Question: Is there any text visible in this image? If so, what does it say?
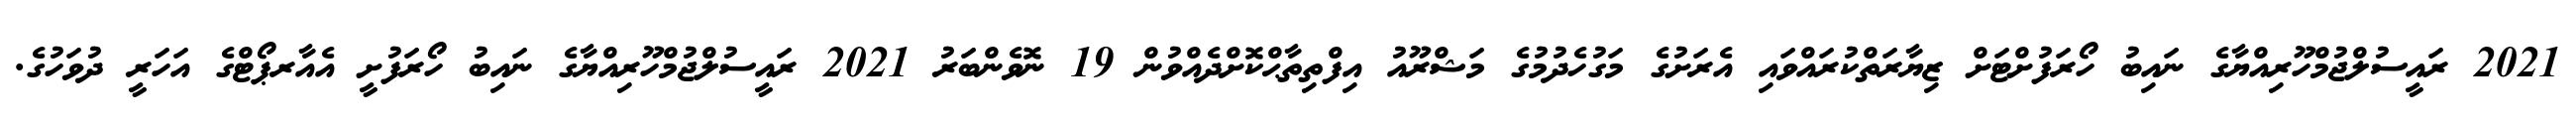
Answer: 2021 ރައީސުލްޖުމްހޫރިއްޔާގެ ނައިބު ހޯރަފުށްޓަށް ޒިޔާރަތްކުރައްވައި އެރަށުގެ މަގުހެދުމުގެ މަޝްރޫއު އިފްތިތާޙްކޮށްދެއްވުން 19 ނޮވެންބަރު 2021 ރައީސުލްޖުމްހޫރިއްޔާގެ ނައިބު ހޯރަފުށީ އެއާރޕޯޓްގެ އަހަރީ ދުވަހުގެ.